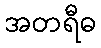
အတရီဓ